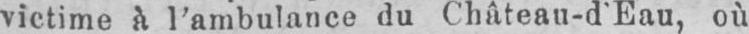
victime à l’ambulance du Chàteau-d’Eau, où